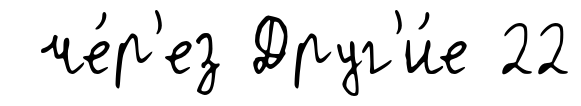
че́р'ез Друг'и́е 22